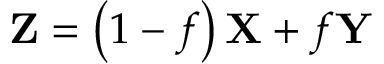
\mathbf { Z } = \left( 1 - f \right) \mathbf { X } + f \mathbf { Y }